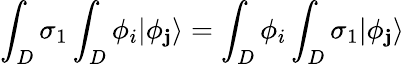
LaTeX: \int_{D}\sigma_{1}\int_{D}\phi_{i}|\phi_{\mathbf{j}}\rangle=\int_{D}\phi_{i}\int_{D}\sigma_{1}|\phi_{\mathbf{j}}\rangle\,